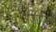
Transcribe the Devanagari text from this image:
अज़ाणपणे